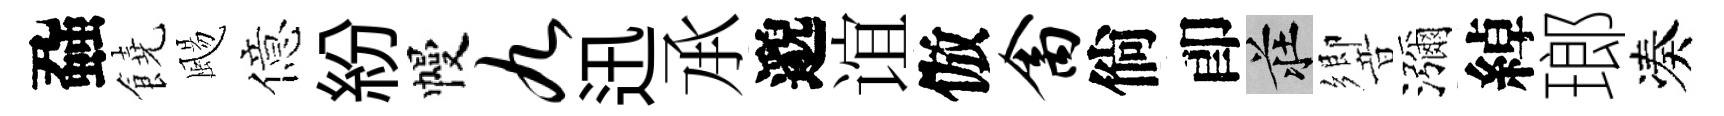
蝨饒颺億紛幔九迅𠄘邈谊倣禽倘卽莊響瀰綽瑯凑